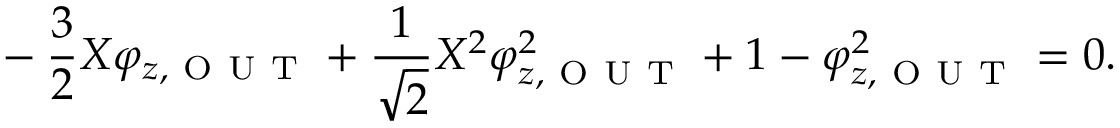
{ } - \frac { 3 } { 2 } X \varphi _ { z , \mathrm { ~ O ~ U ~ T ~ } } + \frac { 1 } { \sqrt { 2 } } X ^ { 2 } \varphi _ { z , \mathrm { ~ O ~ U ~ T ~ } } ^ { 2 } + 1 - \varphi _ { z , \mathrm { ~ O ~ U ~ T ~ } } ^ { 2 } = 0 .